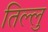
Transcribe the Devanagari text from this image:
तिल्लु